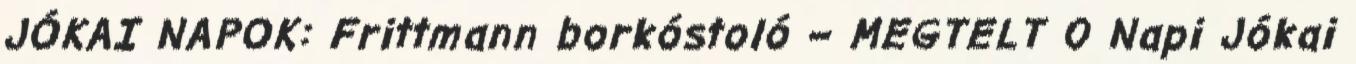
JÓKAI NAPOK: Frittmann borkóstoló – MEGTELT 0 Napi Jókai